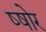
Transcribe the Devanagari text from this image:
ष्षोर